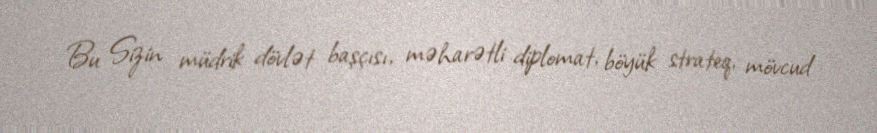
Bu Sizin müdrik dövlət başçısı, məharətli diplomat, böyük strateq, mövcud